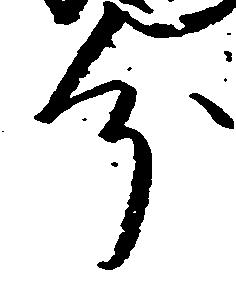
分